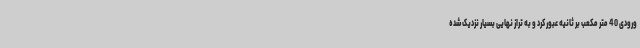
ورودی 40 متر مکعب بر ثانیه عبور کرد و به تراز نهایی بسیار نزدیک شده